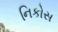
નિકોસ